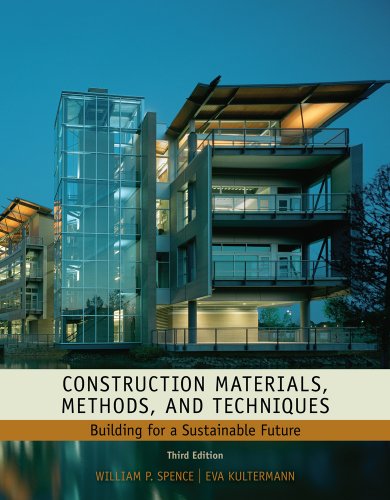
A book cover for Construction Materials, Methods and Techniques: Building for a Sustainable Future (Go Green with Renewable Energy Resources); William P. Spence; Crafts, Hobbies & Home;